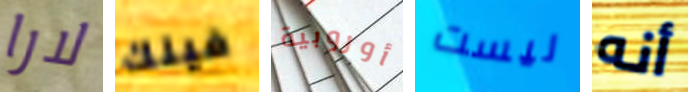
لارا فينك أوروبية ليست أنه